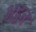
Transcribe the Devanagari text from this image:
अद्वत